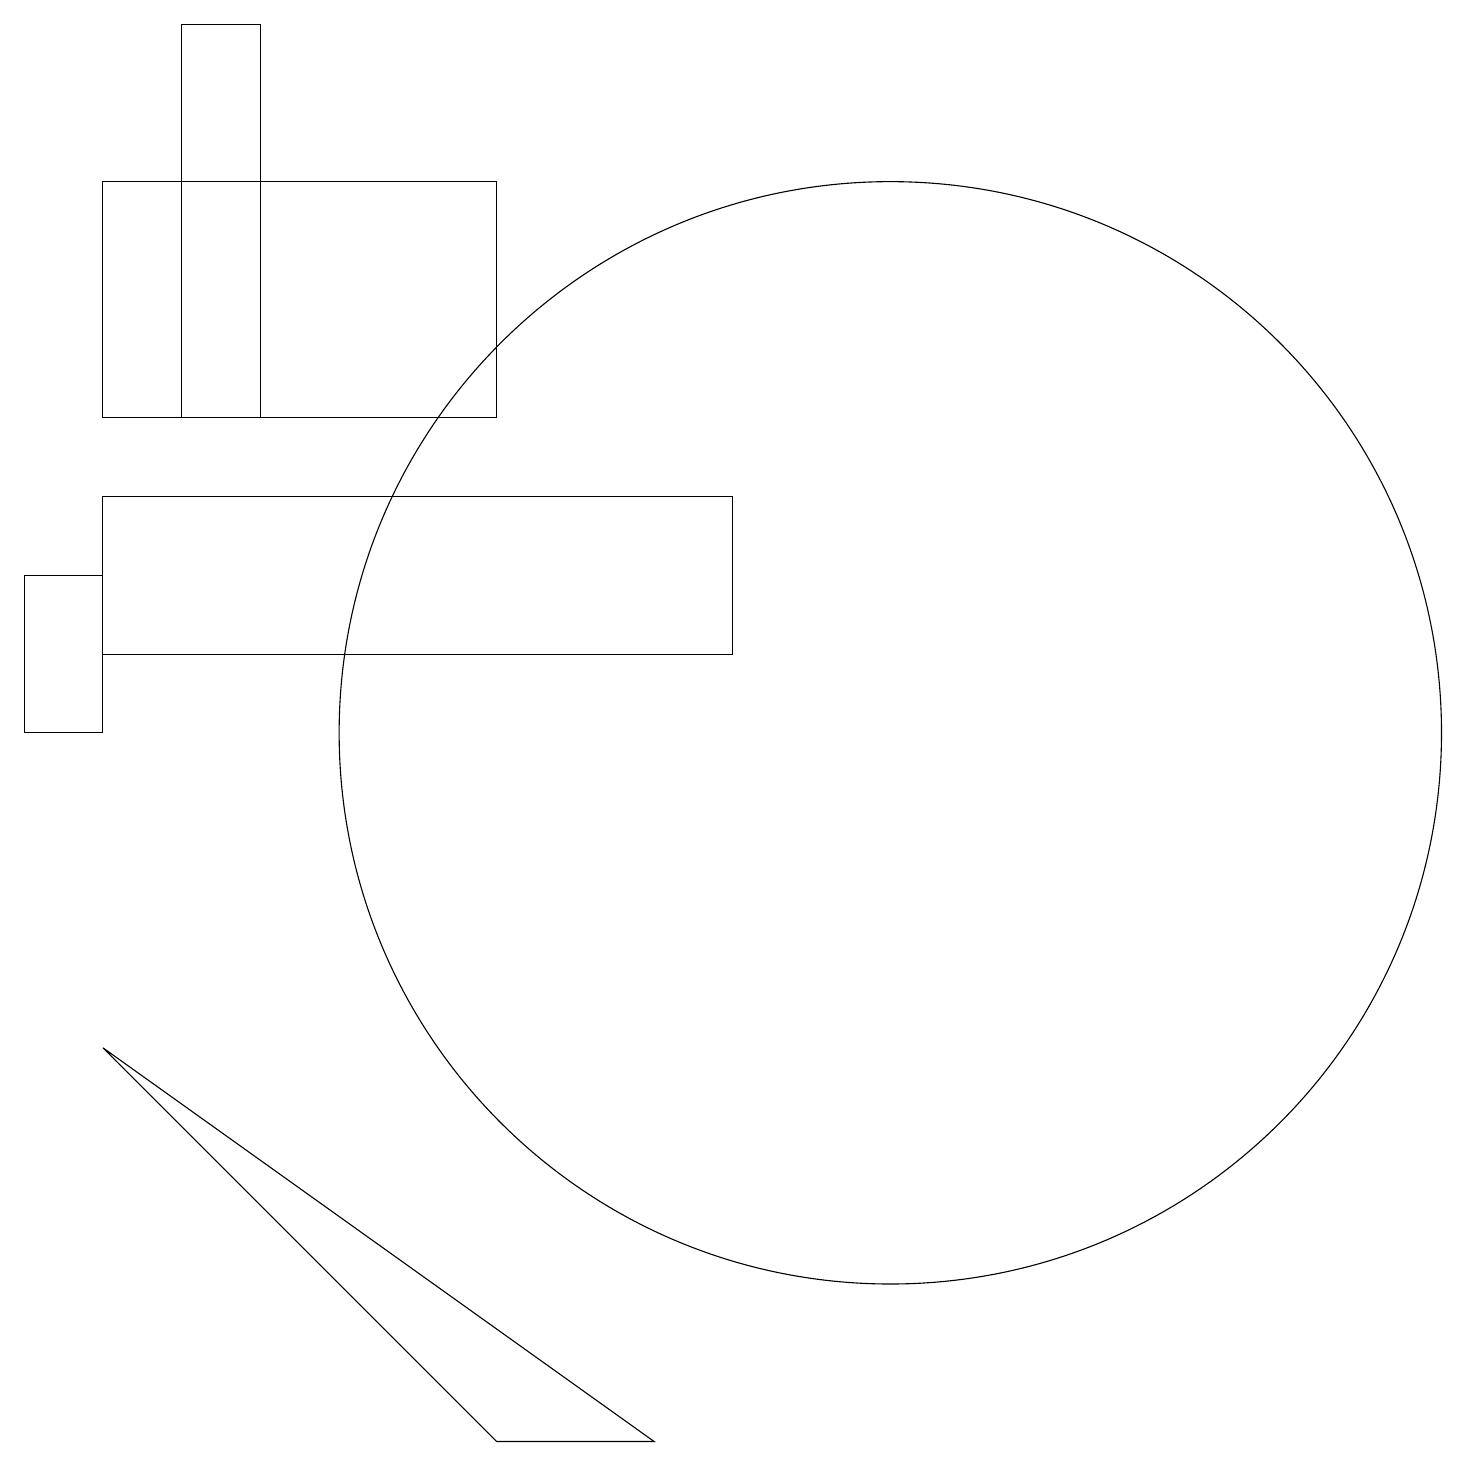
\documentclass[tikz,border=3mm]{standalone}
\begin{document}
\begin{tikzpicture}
\draw (9,13) rectangle (1,11);
\draw (3,14) rectangle (2,19);
\draw (6,1) -- (1,6) -- (8,1) -- cycle;
\draw (11,10) circle (7);
\draw (0,10) rectangle (1,12);
\draw (1,17) rectangle (6,14);
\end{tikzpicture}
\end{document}